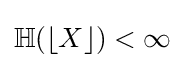
\mathbb {H} (\lfloor X\rfloor )<\infty